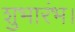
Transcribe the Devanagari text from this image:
शुभारंभ।